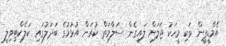
އެމްޑީޕީން ވަކި މީހަކު ޖަލަށް ލައިގެން ސަލާމަތް ކުރަން އުޅުމުގެ ބަދަލުގައި ކަލެކްޓިވިލީ